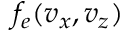
f _ { e } ( v _ { x } , v _ { z } )